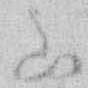
山